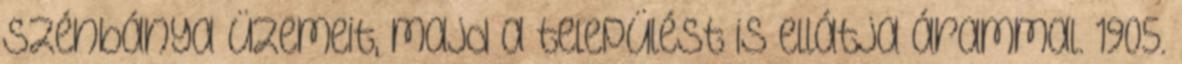
szénbánya üzemeit, majd a települést is ellátja árammal. 1905.